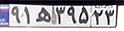
۹۱ه۳۹۵۲۳